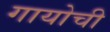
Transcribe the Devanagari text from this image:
गायोची